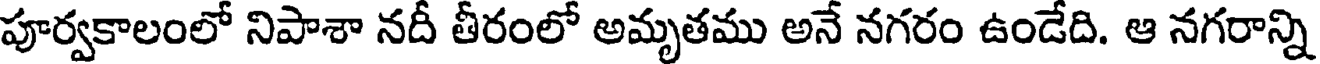
పూర్వకాలంలో నిపాశా నదీ తీరంలో అమృతము అనే నగరం ఉండేది. ఆ నగరాన్ని